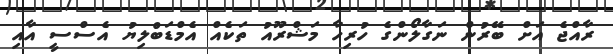
ރާއްޖެ އަށް ބޭރުން ނަގާލޯންގެ ހުރިހާ މަޝްރޫއު ތަކެއް އެމްޑަބްލިޔު އެސްސީ އާއި